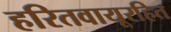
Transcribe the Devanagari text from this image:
हरितवायूरहित